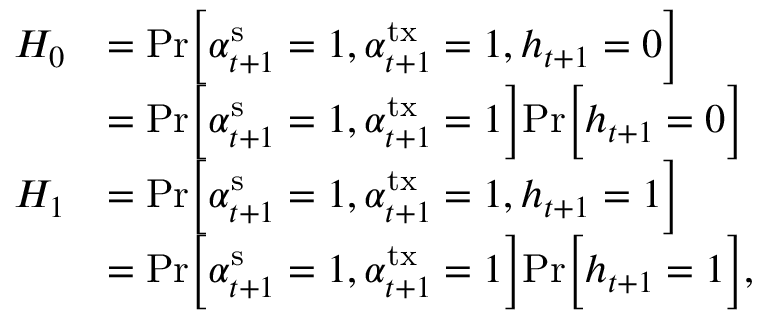
\begin{array} { r l } { { H } _ { 0 } } & { = \mathrm { P r } \Big [ \alpha _ { t + 1 } ^ { \mathrm { s } } = 1 , \alpha _ { t + 1 } ^ { \mathrm { t x } } = 1 , h _ { t + 1 } = 0 \Big ] } \\ & { = \mathrm { P r } \Big [ \alpha _ { t + 1 } ^ { \mathrm { s } } = 1 , \alpha _ { t + 1 } ^ { \mathrm { t x } } = 1 \Big ] \mathrm { P r } \Big [ h _ { t + 1 } = 0 \Big ] } \\ { { H } _ { 1 } } & { = \mathrm { P r } \Big [ \alpha _ { t + 1 } ^ { \mathrm { s } } = 1 , \alpha _ { t + 1 } ^ { \mathrm { t x } } = 1 , h _ { t + 1 } = 1 \Big ] } \\ & { = \mathrm { P r } \Big [ \alpha _ { t + 1 } ^ { \mathrm { s } } = 1 , \alpha _ { t + 1 } ^ { \mathrm { t x } } = 1 \Big ] \mathrm { P r } \Big [ h _ { t + 1 } = 1 \Big ] , } \end{array}